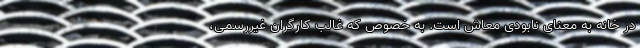
در خانه به معنای نابودی معاش است. به خصوص که غالب کارگران غیررسمی،